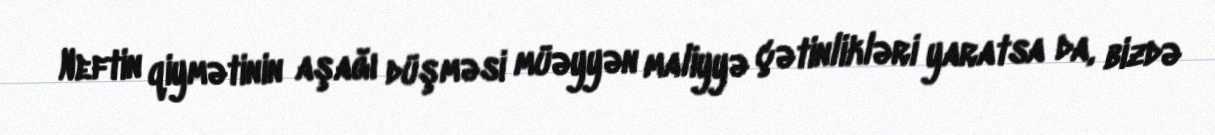
Neftin qiymətinin aşağı düşməsi müəyyən maliyyə çətinlikləri yaratsa da, bizdə